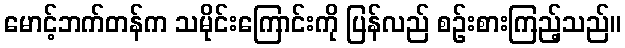
မောင့်ဘက်တန်က သမိုင်းကြောင်းကို ပြန်လည် စဉ်းစားကြည့်သည်။